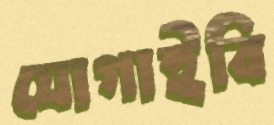
যোগাইবি